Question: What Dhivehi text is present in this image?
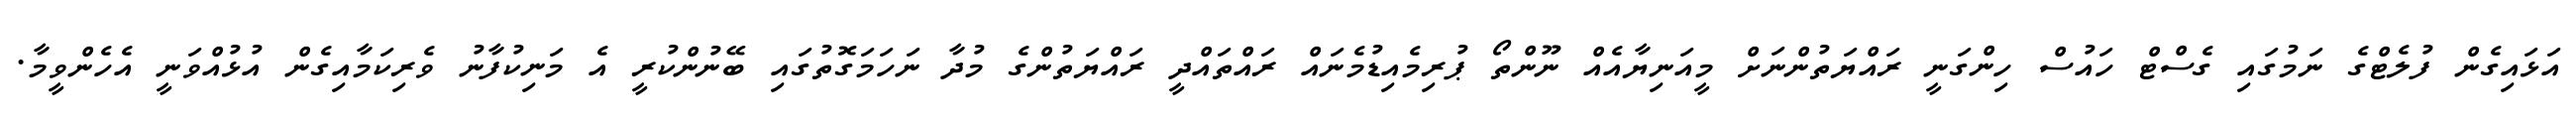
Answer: އަޅައިގެން ފުލެޓްގެ ނަމުގައި ގެސްޓް ހައުސް ހިންގަނީ ރައްޔަތުންނަށް މީއަނިޔާއެއް ނޫންތޯ ޕުރިމެއިޑުމެނައް ރައްތައްދީ ރައްޔަތުންގެ މުދާ ނަހަމަގޮތުގައި ބޭނުންކުރީ އެ މަނިކުފާނު ވެރިކަމާއިގެން އުޅުއްވަނީ އެހެންވީމާ.